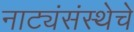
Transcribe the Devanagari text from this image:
नाट्यंसंस्थेचे